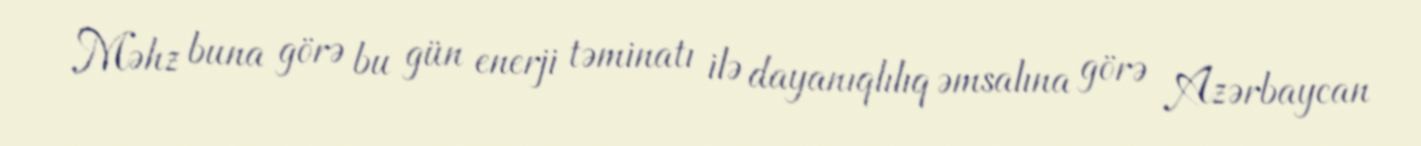
Məhz buna görə bu gün enerji təminatı ilə dayanıqlılıq əmsalına görə Azərbaycan